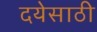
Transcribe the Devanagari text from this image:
दयेसाठी